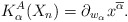
\begin{gather*} K_{\alpha}^{A}(X_n)= \partial_{w_{\alpha}} x^{\overline \alpha}.\end{gather*}